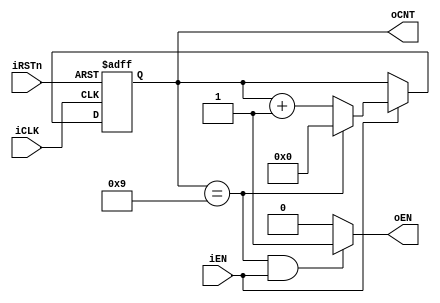
module COUNTER_LAB(iCLK,
                   iRSTn,
                   iEN,
                   oEN,
                   oCNT);
    
    parameter WL = 4;
    parameter MV = 10;
    
    input iCLK,iRSTn,iEN;
    output [WL-1:0] oCNT;
    output oEN;
    
    reg [WL-1:0] oCNT;
    
    assign oEN = ((oCNT == MV-1) && (iEN == 1'b1)) ? 1'b1 : 1'b0;
    
    always @(posedge iCLK or negedge iRSTn)
    begin
        if (~iRSTn)
        begin
            oCNT <= 0;
        end
        else if (iEN)
        begin
            if (oCNT == MV-1)
            begin
                oCNT <= 0;
            end
            else
            begin
                oCNT <= oCNT +1;
            end
        end
        else
        begin
            oCNT <= oCNT;
        end
    end
	
endmodule